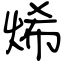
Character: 烯